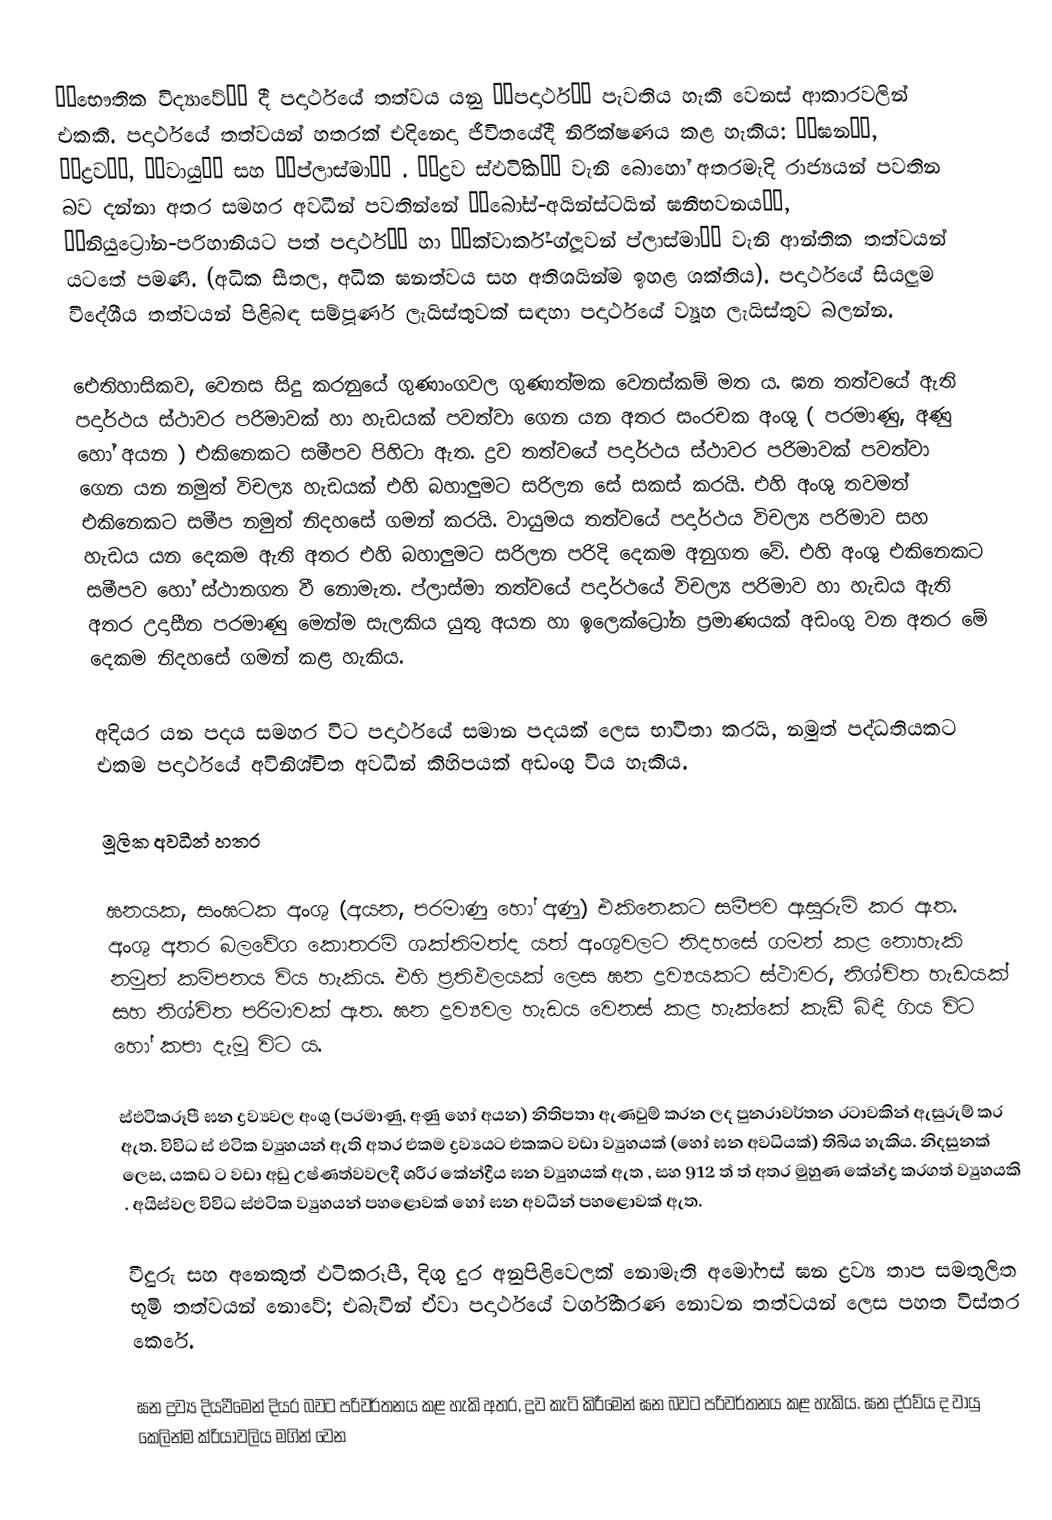
￼￼භෞතික විද්‍යාවේ￼￼ දී පදාර්ථයේ තත්වය යනු ￼￼පදාර්ථ￼￼ පැවතිය හැකි වෙනස් ආකාරවලින් එකකි. පදාර්ථයේ තත්වයන් හතරක් එදිනෙදා ජීවිතයේදී නිරීක්ෂණය කළ හැකිය: ￼￼ඝන￼￼, ￼￼ද්‍රව￼￼, ￼￼වායු￼￼ සහ ￼￼ප්ලාස්මා￼￼ . ￼￼ද්‍රව ස්ඵටිිික￼￼ වැනි බොහෝ අතරමැදි රාජ්‍යයන් පවතින බව දන්නා අතර‍‍‍‍‍ සමහර අවධීන් පවතින්නේ ￼￼බෝස්-අයින්ස්ටයින් ඝනීභවනය￼￼, ￼￼නියුට්‍රෝන-පරිහානියට පත් පදාර්ථ￼￼ හා ￼￼ක්වාර්ක්-ග්ලූවන් ප්ලාස්මා￼￼ වැනි ආන්තික තත්වයන් යටතේ පමණි. (අධික සීතල, අධික ඝනත්වය සහ අතිශයින්ම ඉහළ ශක්තිය). පදාර්ථයේ සියලුම විදේශීය තත්වයන් පිළිබඳ සම්පූර්ණ ලැයිස්තුවක් සඳහා පදාර්ථයේ ව්‍යූහ ලැයිස්තුව බලන්න.

එ‌ෙතිහාසිකව, වෙනස සිදු කරනුයේ ගුණාංගවල ගුණාත්මක වෙනස්කම් මත ය. ඝන තත්වයේ ඇති පදාර්ථය ස්ථාවර පරිමාවක් හා හැඩයක් පවත්වා ගෙන යන අතර සංරචක අංශු ( පරමාණු, අණු හෝ අයන ) එකිනෙකට සමීපව පිහිටා ඇත. ද්‍රව තත්වයේ පදාර්ථය ස්ථාවර පරිමාවක් පවත්වා ගෙන යන නමුත් විචල්‍ය හැඩයක් එහි බහාලුමට සරිලන සේ සකස් කරයි. එහි අංශු තවමත් එකිනෙකට සමීප නමුත් නිදහසේ ගමන් කරයි. වායුමය තත්වයේ පදාර්ථය විචල්‍ය පරිමාව සහ හැඩය යන දෙකම ඇති අතර එහි බහාලුමට සරිලන පරිදි දෙකම අනුගත වේ. එහි අංශු එකිනෙකට සමීපව හෝ ස්ථානගත වී නොමැත. ප්ලාස්මා තත්වයේ පදාර්ථයේ විචල්‍ය පරිමාව හා හැඩය ඇති අතර උදාසීන පරමාණු මෙන්ම සැලකිය යුතු අයන හා ඉලෙක්ට්‍රෝන ප්‍රමාණයක් අඩංගු වන අතර මේ දෙකම නිදහසේ ගමන් කළ හැකිය.

අදියර යන පදය සමහර විට පදාර්ථයේ සමාන පදයක් ලෙස භාවිතා කරයි, නමුත් පද්ධතියකට එකම පදාර්ථයේ අවිනිශ්චිත අවධීන් කිහිපයක් අඩංගු විය හැකිය.

මූලික අවධීන් හතර

ඝනයක, සංඝටක අංශු (අයන, පරමාණු හෝ අණු) එකිනෙකට සමීපව ඇසුරුම් කර ඇත. අංශු අතර බලවේග කොතරම් ශක්තිමත්ද යත් අංශුවලට නිදහසේ ගමන් කළ නොහැකි නමුත් කම්පනය විය හැකිය. එහි ප්‍රතිඵලයක් ලෙස ඝන ද්‍රව්‍යයකට ස්ථාවර, නිශ්චිත හැඩයක් සහ නිශ්චිත පරිමාවක් ඇත. ඝන ද්‍රව්‍යවල හැඩය වෙනස් කළ හැක්කේ කැඩී බිඳී ගිය විට හෝ කපා දැමූ විට ය.

ස්ඵටිකරූපී ඝන ද්‍රව්‍යවල අංශු (පරමාණු, අණු හෝ අයන) නිතිපතා ඇණවුම් කරන ලද පුනරාවර්තන රටාවකින් ඇසුරුම් කර ඇත. විවිධ ස් ඵටික ව්‍යුහයන් ඇති අතර එකම ද්‍රව්‍යයට එකකට වඩා ව්‍යුහයක් (හෝ ඝන අවධියක්) තිබිය හැකිය. නිදසුනක් ලෙස, යකඩ  ට වඩා අඩු උෂ්ණත්වවලදී ශරීර කේන්ද්‍රීය ඝන ව්‍යුහයක් ඇත , සහ 912 ත්  ත් අතර මුහුණ කේන්ද්‍ර කරගත්  ව්‍යුහයකි  . අයිස්වල විවිධ ස්ඵටික ව්‍යුහයන් පහළොවක් හෝ ඝන අවධීන් පහළොවක් ඇත.

වීදුරු සහ අනෙකුත් ඵටිකරූපී, දිගු දුර අනුපිළිවෙලක් නොමැති අමෝෆස් ඝන ද්‍රව්‍ය තාප සමතුලිත භූමි තත්වයන් නොවේ; එබැවින් ඒවා පදාර්ථයේ වර්ගීකරණ නොවන තත්වයන් ලෙස පහත විස්තර කෙරේ.

ඝන ද්‍රව්‍ය දියවීමෙන් දියර බවට පරිවර්තනය කළ හැකි අතර, ද්‍රව කැටි කිරීමෙන් ඝන බවට පරිවර්තනය කළ හැකිය. ඝන ද්රව්ය ද වායු කෙලින්ම ක්රියාවලිය මගින් වෙන